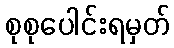
စုစုပေါင်းရမှတ်